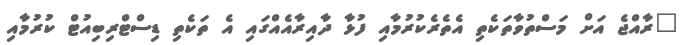
"ރާއްޖެ އަށް މަސްތުވާތަކެތި އެތެރެކުރުމާއި ފުޅާ ދާއިރާއެއްގައި އެ ތަކެތި ޑިސްޓްރިބިއުޓް ކުރުމާއި